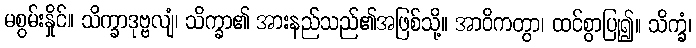
မစွမ်းနှိုင်။ သိက္ခာဒုဗ္ဗလျံ၊ သိက္ခာ၏ အားနည်သည်၏အဖြစ်သို့။ အာဝိကတွာ၊ ထင်စွာပြု၍။ သိက္ခံ၊